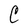
Character: C